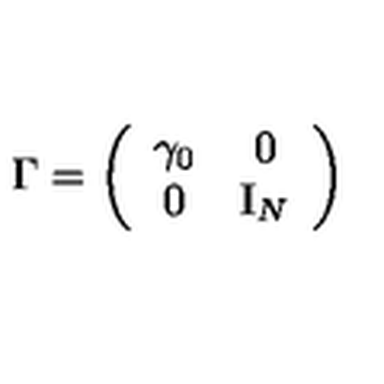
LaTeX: \Gamma = \left( \begin{array} { c c } { \gamma _ { 0 } } & { 0 } \\ { 0 } & { \mathrm { I } _ { N } } \\ \end{array} \right)